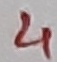
Text: 4